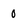
Character: 0